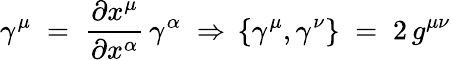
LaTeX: \gamma^{\mu}\; =\; \frac{\partial x^{\mu}}{\partial x^{\alpha}}\, \gamma^{\alpha}\; \Rightarrow\, \{ \gamma^{\mu},\gamma^{\nu}\} \; =\; 2\, g^{\mu\nu}